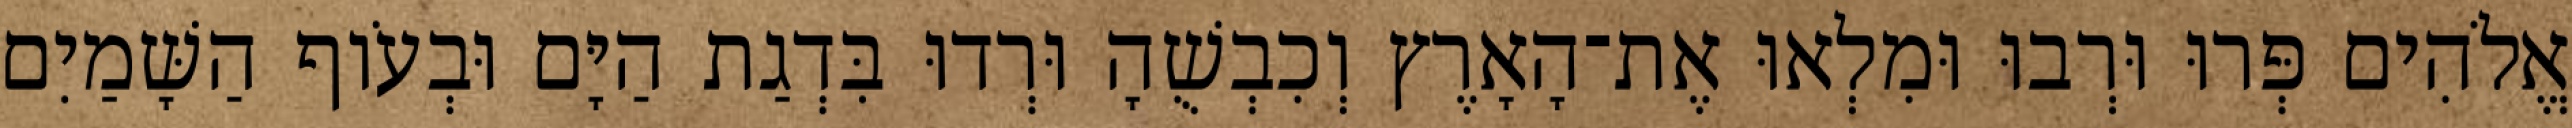
אֱלֹהִים פְּרוּ וּרְבוּ וּמִלְאוּ אֶת־הָאָרֶץ וְכִבְשֻׁהָ וּרְדוּ בִּדְגַת הַיָּם וּבְעֹוף הַשָּׁמַיִם